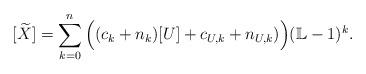
LaTeX: \begin{align*}[\widetilde{X}]= \sum_{k=0}^n \Big((c_k+n_k)[U] + c_{U,k} + n_{U,k})\Big) (\mathbb L-1)^{k}.\end{align*}